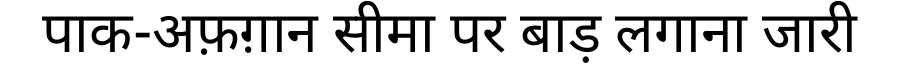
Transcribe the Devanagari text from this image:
पाक-अफ़ग़ान सीमा पर बाड़ लगाना जारी